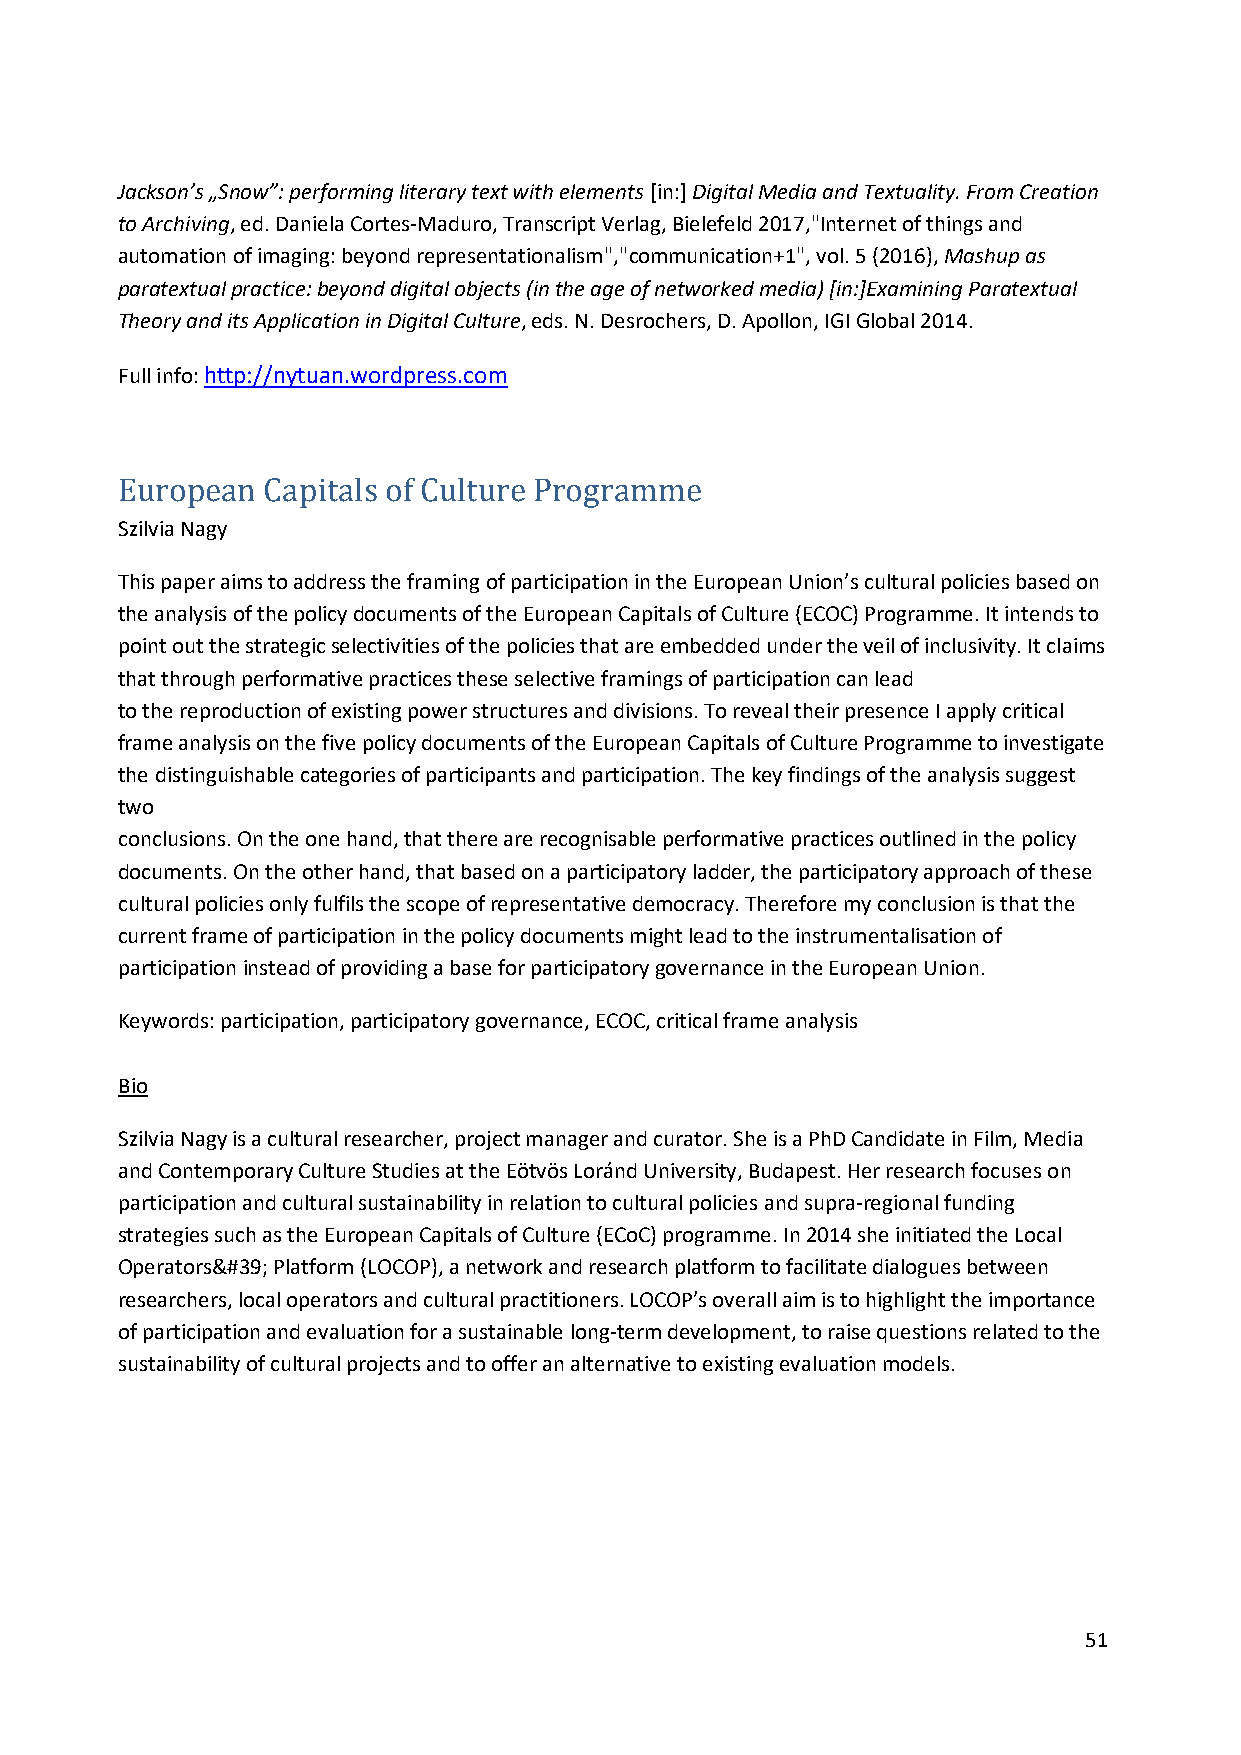
Jackson’s „Snow”: performing literary text with elements [in:] Digital Media and Textuality. From Creation
 to Archiving, ed. Daniela Cortes-Maduro, Transcript Verlag, Bielefeld 2017,"Internet of things and
 automation of imaging: beyond representationalism","communication+1", vol. 5 (2016), Mashup as
 paratextual practice: beyond digital objects (in the age of networked media) [in:]Examining Paratextual
 Theory and its Application in Digital Culture, eds. N. Desrochers, D. Apollon, IGI Global 2014.
 Full info: http://nytuan.wordpress.com
 Szilvia Nagy
 European Capitals of Culture Programme
 This paper aims to address the framing of participation in the European Union’s cultural policies based on
 the analysis of the policy documents of the European Capitals of Culture (ECOC) Programme. It intends to
 point out the strategic selectivities of the policies that are embedded under the veil of inclusivity. It claims
 that through performative practices these selective framings of participation can lead
 to the reproduction of existing power structures and divisions. To reveal their presence I apply critical
 frame analysis on the five policy documents of the European Capitals of Culture Programme to investigate
 the distinguishable categories of participants and participation. The key findings of the analysis suggest
 two
 conclusions. On the one hand, that there are recognisable performative practices outlined in the policy
 documents. On the other hand, that based on a participatory ladder, the participatory approach of these
 cultural policies only fulfils the scope of representative democracy. Therefore my conclusion is that the
 current frame of participation in the policy documents might lead to the instrumentalisation of
 participation instead of providing a base for participatory governance in the European Union.
 Keywords: participation, participatory governance, ECOC, critical frame analysis
 Bio
 Szilvia Nagy is a cultural researcher, project manager and curator. She is a PhD Candidate in Film, Media
 and Contemporary Culture Studies at the Eötvös Loránd University, Budapest. Her research focuses on
 participation and cultural sustainability in relation to cultural policies and supra-regional funding
 strategies such as the European Capitals of Culture (ECoC) programme. In 2014 she initiated the Local
 Operators&#39; Platform (LOCOP), a network and research platform to facilitate dialogues between
 researchers, local operators and cultural practitioners. LOCOP’s overall aim is to highlight the importance
 of participation and evaluation for a sustainable long-term development, to raise questions related to the
 sustainability of cultural projects and to offer an alternative to existing evaluation models.
 51